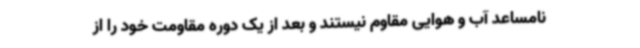
نامساعد آب و هوایی مقاوم نیستند و بعد از یک دوره مقاومت خود را از